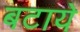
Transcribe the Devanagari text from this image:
बटाये